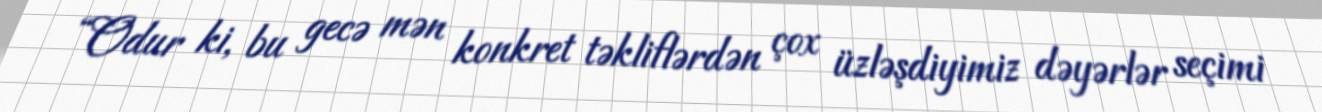
“Odur ki, bu gecə mən konkret təkliflərdən çox üzləşdiyimiz dəyərlər seçimi